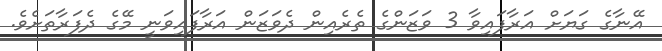
އޭނާގެ ގަޔަށް އަރާފައިވާ 3 ވަޒަންގެ ތެރެއިން ދެވަޒަން އަރާފައިވަނީ މޭގެ ދެފަރާތަށެވެ.